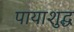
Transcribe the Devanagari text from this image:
पायाशुद्ध